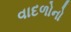
વાદળોનો